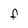
Character: F